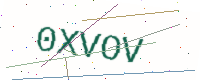
Text: 0XVOV